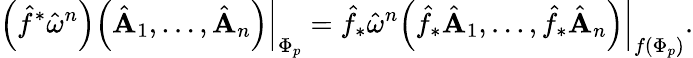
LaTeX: \left(\hat{f}^{*}\hat{\mathbf\omega}^{n}\right)\left.\left(\hat{\mathbf A}_{1},\ldots,\hat{\mathbf A}_{n}\right)\right|_{\Phi_{p}}=\hat{f}_{*}\hat{\mathbf\omega}^{n}\left.\left(\hat{f}_{*}\hat{\mathbf A}_{1},\ldots,\hat{f}_{*}\hat{\mathbf A}_{n}\right)\right|_{f\left(\Phi_{p}\right)}.